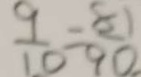
\frac { 9 } { 1 0 } = \frac { 8 1 } { 9 0 }